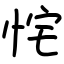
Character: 㤞